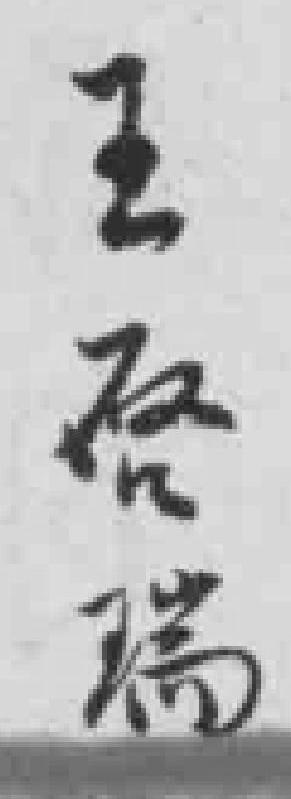
王唘瑞